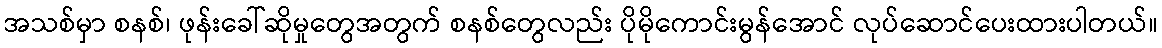
အသစ်မှာ စနစ်၊ ဖုန်းခေါ်ဆိုမှုတွေအတွက် စနစ်တွေလည်း ပိုမိုကောင်းမွန်အောင် လုပ်ဆောင်ပေးထားပါတယ်။